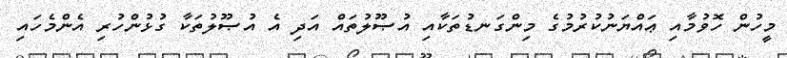
މީހުން ހޮވުމާއި ޢައްޔަނުކުރުމުގެ މިންގަނޑުތަކާއި އުޞޫލުތައް އަދި އެ އުޞޫލުތަކާ ގުޅުންހުރި އެންމެހައި